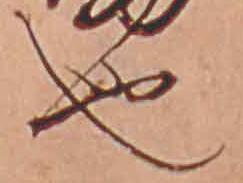
也